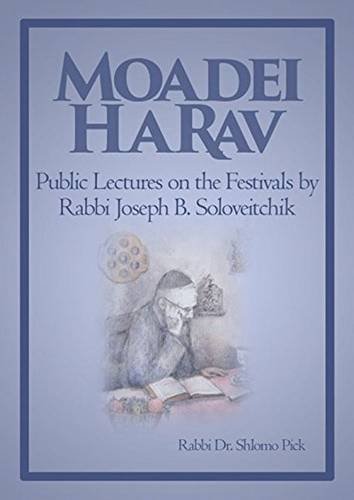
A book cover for Moadei HaRav: Public Lectures on the Festivals by Rabbi Joseph B. Soloveitchik; Rabbi Dr. Shlomo Pick; Religion & Spirituality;